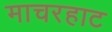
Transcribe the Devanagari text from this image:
माचरहाट